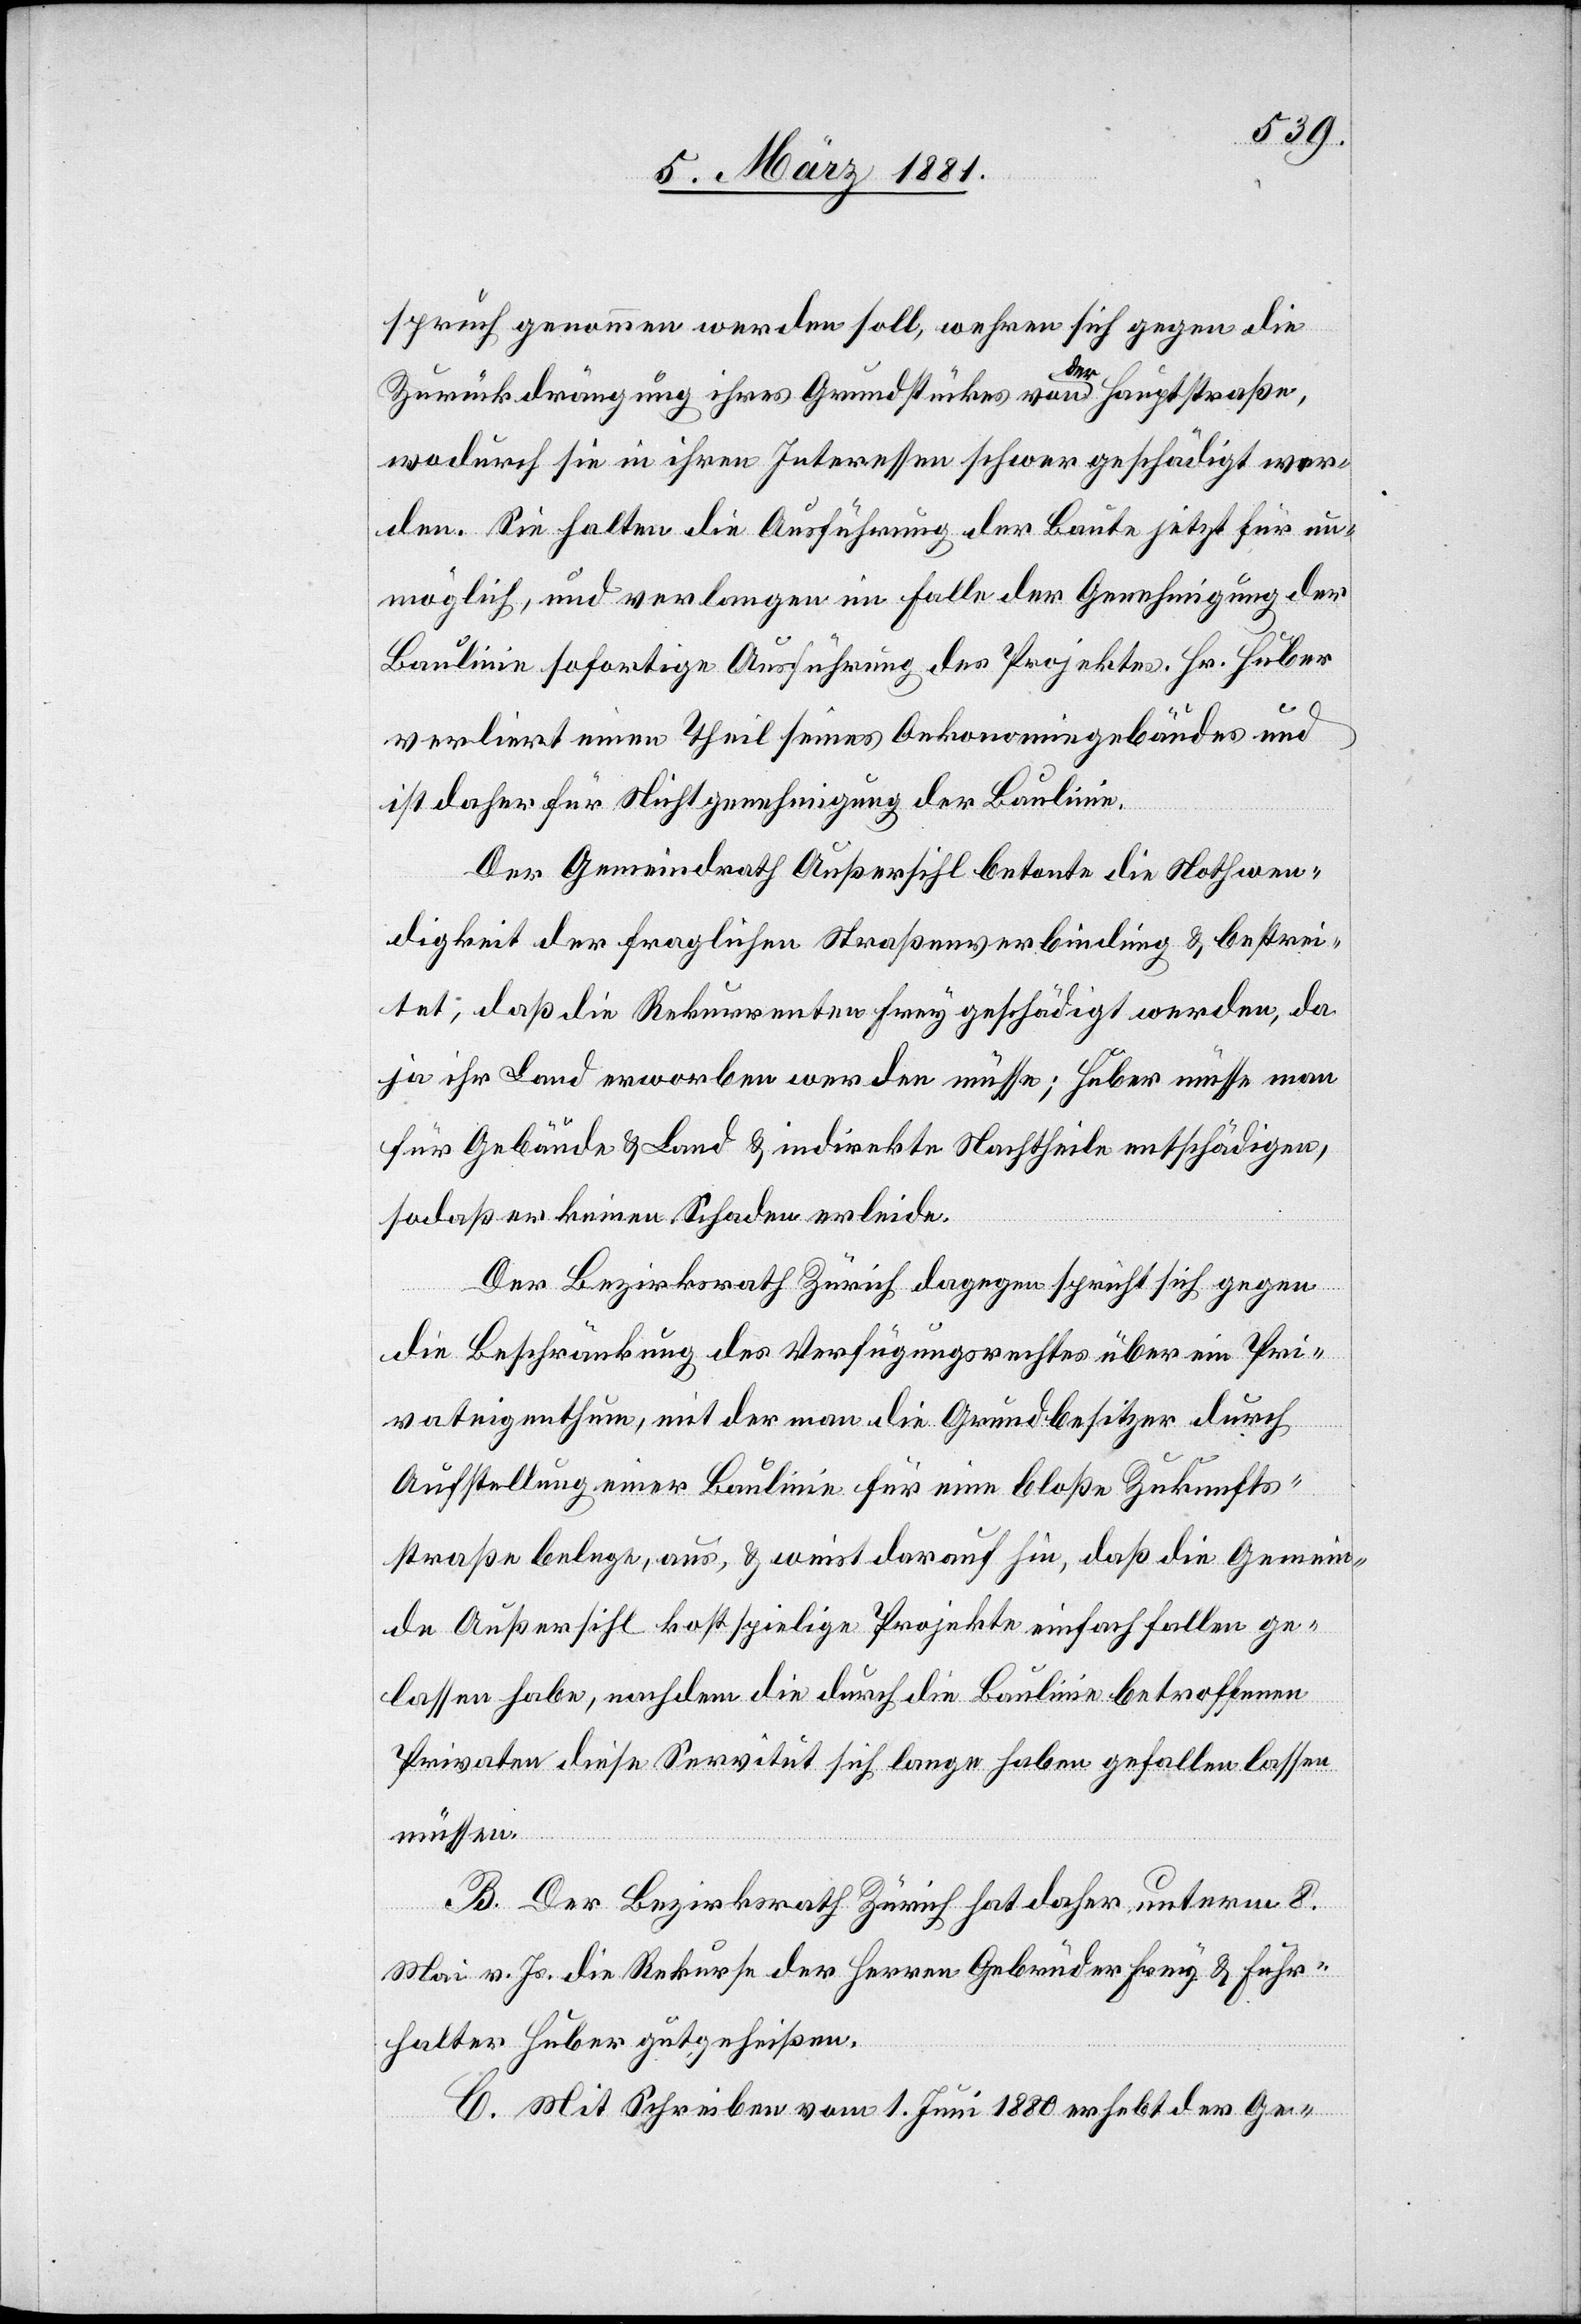
spruch genommen werden soll, wehren sich gegen die
Zurückdrängung ihres Grundstückes von der Hauptstraße,
wodurch sie in ihren Interessen schwer geschädigt wer¬
den. Sie halten die Ausführung der Baute jetzt für un¬
möglich, und verlangen im Falle der Genehmigung der
Baulinie sofortige Ausführung des Projektes. Hr. Huber
verliert einen Theil seines Oekonomiegebäudes und
ist daher für Nichtgenehmigung der Baulinie.
Der Gemeindrath Außersihl betonte die Nothwen¬
digkeit der fraglichen Straßenverbindung & bestrei¬
tet; daß die Rekurrenten Frey geschädigt werden, da
ja ihr Land erworben werden müsse; Huber müsse man
für Gelände & Land & indirekte Nachtheile entschädigen,
sodaß er keinen Schaden erleide.
Der Bezirksrath Zürich dagegen spricht sich gegen
die Beschränkung des Verfügungsrechtes über ein Pri¬
vateigenthum, mit der man die Grundbesitzer durch
Aufstellung einer Baulinie für eine bloße Zukunfts¬
straße belege, aus, & weist darauf hin, daß die Gemein¬
de Außersihl kostspielige Projekte einfach fallen ge¬
lassen habe, nachdem die durch die Baulinie betroffenen
Privaten diese Servitut sich lange haben gefallen lassen
müssen.
B. Der Bezirksrath Zürich hat daher unterm 8.
Mai v. Js. die Rekurse der Herren Gebrüder Frey & Fuhr¬
halter Huber gutgeheißen.
C. Mit Schreiben vom 1. Juni 1880 erhebt der Ge-